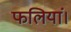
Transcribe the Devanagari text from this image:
फलियां।